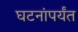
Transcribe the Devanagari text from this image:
घटनांपर्यंत